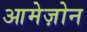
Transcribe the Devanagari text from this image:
आमेज़ोन